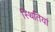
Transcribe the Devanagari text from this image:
स्थितिया॑